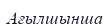
Ағылшынша